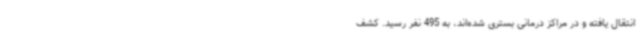
انتقال یافته و در مراکز درمانی بستری شده‌اند، به 495 نفر رسید. کشف